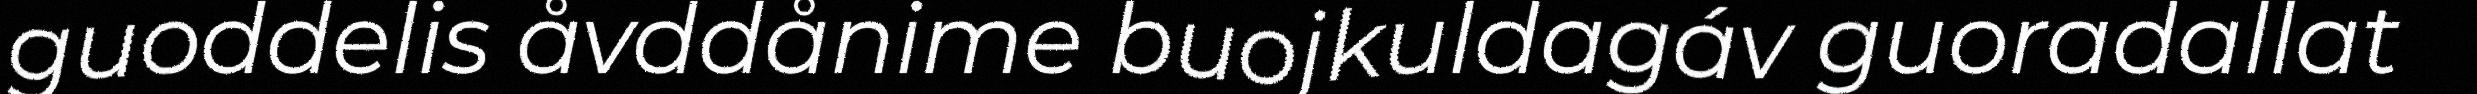
guoddelis åvddånime buojkuldagáv guoradallat